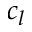
c _ { l }